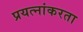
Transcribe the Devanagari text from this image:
प्रयत्नांकरता